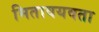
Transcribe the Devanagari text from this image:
मितावयवता